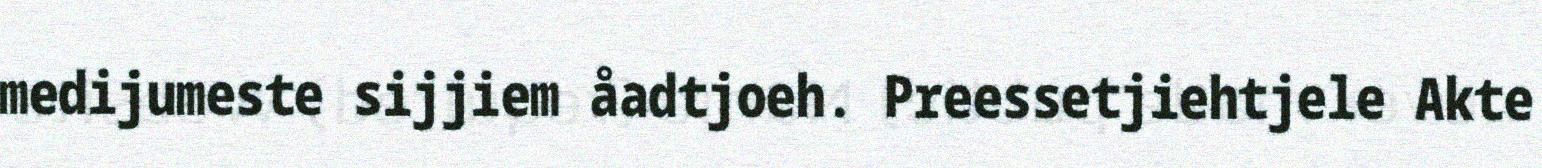
medijumeste sijjiem åadtjoeh. Preessetjiehtjele Akte